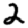
Digit: 2